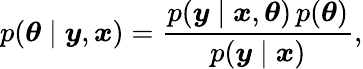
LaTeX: p(\boldsymbol{\theta}\mid\boldsymbol{y},\boldsymbol{x})=\frac{p(\boldsymbol{y}\mid\boldsymbol{x},\boldsymbol{\theta})\, p(\boldsymbol{\theta})}{p(\boldsymbol{y}\mid\boldsymbol{x})},